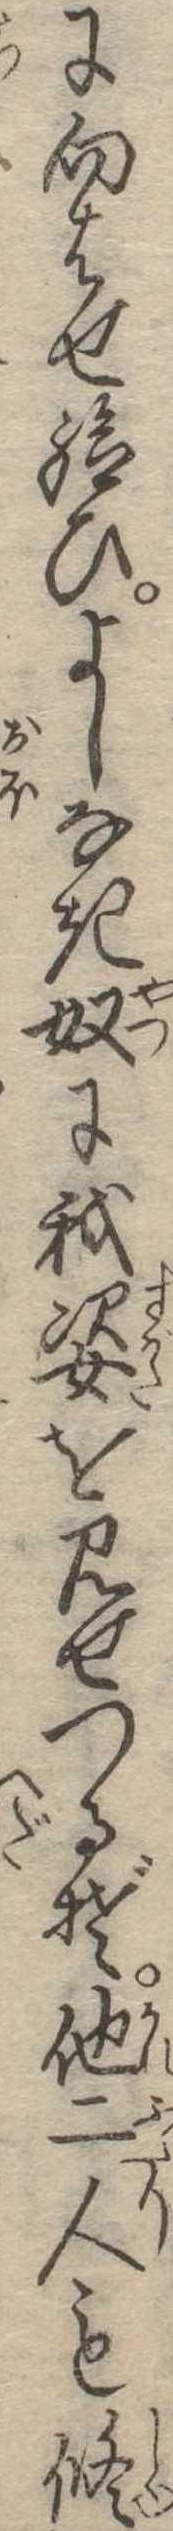
に向はせ給ひよしなき奴に我姿と見せつるぞ他二人も修